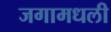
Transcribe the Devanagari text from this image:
जगामधली